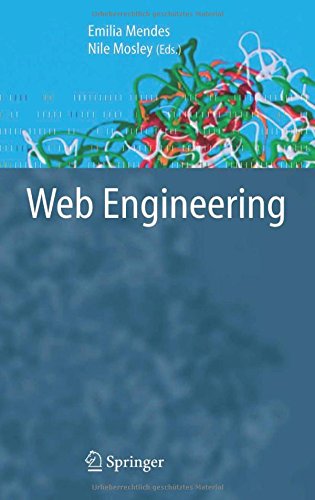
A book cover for Web Engineering; Computers & Technology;